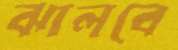
ঝালবে